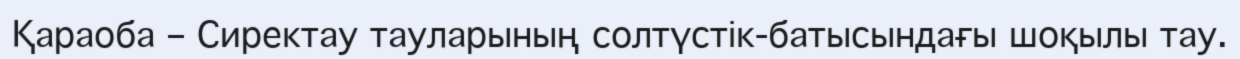
Қараоба – Сиректау тауларының солтүстік-батысындағы шоқылы тау.